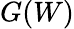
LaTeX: G(W)